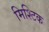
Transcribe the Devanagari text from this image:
मिश्टिक